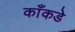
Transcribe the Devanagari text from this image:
काँकडे